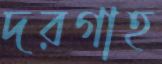
দরগাহ